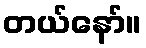
တယ်နော်။